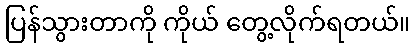
ပြန်သွားတာကို ကိုယ် တွေ့လိုက်ရတယ်။